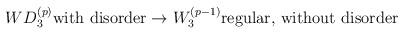
LaTeX: \begin{align*}WD_{3}^{(p)}\mbox{with disorder}\rightarrow W_{3}^{(p-1)}\mbox{regular, without disorder}\end{align*}